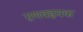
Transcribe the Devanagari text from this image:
ग्रणवह्रयक